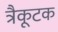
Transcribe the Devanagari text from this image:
त्रैकूटक